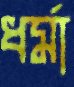
ধর্মা